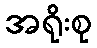
အရိုးစု